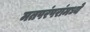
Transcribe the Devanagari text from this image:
मतपरंपरांमध्ये